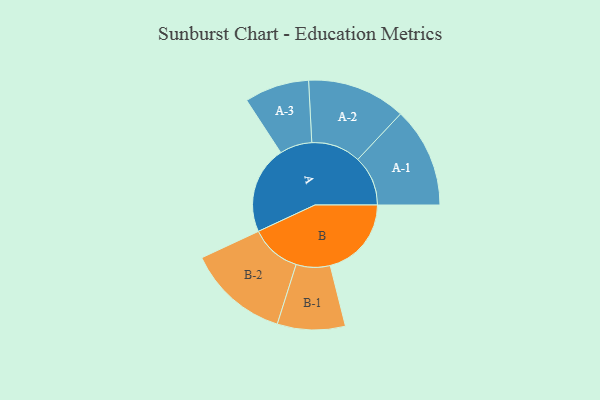
{"axis": {"x": "Segment", "y": "Value"}, "legend": ["", "A", "B"], "data": [{"x": "A", "y": 498, "type": ""}, {"x": "B", "y": 462, "type": ""}, {"x": "A-1", "y": 285, "type": "A"}, {"x": "A-2", "y": 281, "type": "A"}, {"x": "A-3", "y": 184, "type": "A"}, {"x": "B-1", "y": 193, "type": "B"}, {"x": "B-2", "y": 289, "type": "B"}]}